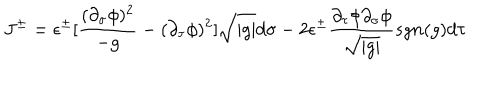
J ^ { \pm } = \epsilon ^ { \pm } [ \frac { ( \partial _ { \sigma } \phi ) ^ { 2 } } { - g } - ( \partial _ { \tau } \phi ) ^ { 2 } ] { \sqrt { \mid g \mid } } d \sigma - 2 \epsilon ^ { \pm } \frac { { \partial _ { \tau } } \phi { \partial _ { \sigma } } \phi } { \sqrt { \mid g \mid } } s g n ( g ) d \tau